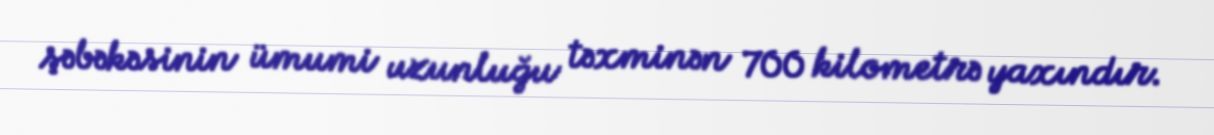
şəbəkəsinin ümumi uzunluğu təxminən 700 kilometrə yaxındır.